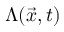
\Lambda ( { \vec { x } } , t )